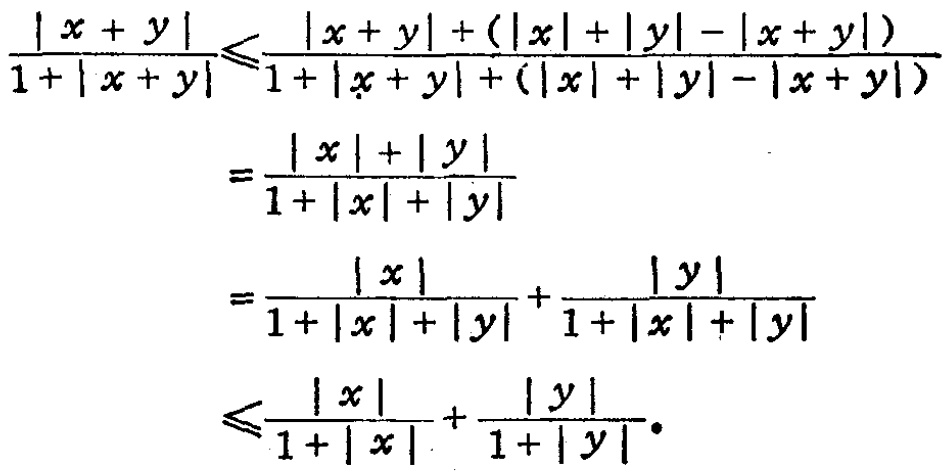
\[
\begin{align*}
\frac{|x + y|}{1+|x + y|}&\leqslant\frac{|x + y|+(|x| + |y|-|x + y|)}{1+|x + y|+(|x| + |y|-|x + y|)}\\
&=\frac{|x|+|y|}{1+|x| + |y|}\\
&=\frac{|x|}{1+|x| + |y|}+\frac{|y|}{1+|x| + |y|}\\
&\leqslant\frac{|x|}{1+|x|}+\frac{|y|}{1+|y|}.
\end{align*}
\]